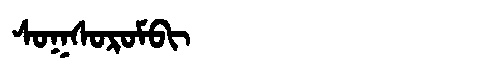
Manchu: ᠰᠣᡴᠰᠣᡵᠣᠮᠪᡳ
Romanization: SOKSOROMBI